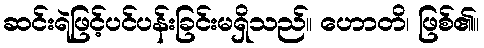
ဆင်းရဲဖြင့်ပင်ပန်းခြင်းမရှိသည်။ ဟောတိ၊ ဖြစ်၏။